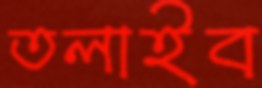
তলাইব